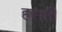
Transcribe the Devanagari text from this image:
हसती